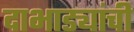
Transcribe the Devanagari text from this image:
दाभाड्यांची